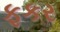
ફકર